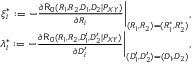
\begin{array} { r } { \xi _ { i } ^ { * } : = - \frac { \partial \mathsf { R } _ { 0 } ( R _ { 1 } , R _ { 2 } , D _ { 1 } , D _ { 2 } | P _ { X Y } ) } { \partial R _ { i } } \bigg | _ { ( R _ { 1 } , R _ { 2 } ) = ( R _ { 1 } ^ { * } , R _ { 2 } ^ { * } ) } , } \\ { \lambda _ { i } ^ { * } : = - \frac { \partial \mathsf { R } _ { 0 } ( R _ { 1 } , R _ { 2 } , D _ { 1 } ^ { \prime } , D _ { 2 } ^ { \prime } | P _ { X Y } ) } { \partial D _ { i } ^ { \prime } } \bigg | _ { ( D _ { 1 } ^ { \prime } , D _ { 2 } ^ { \prime } ) = ( D _ { 1 } , D _ { 2 } ) } , } \end{array}